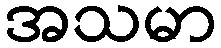
အသမာ